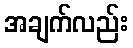
အချက်လည်း